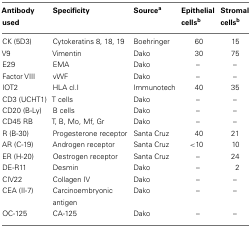
<table><thead><tr><td><b>Antibody used</b></td><td><b>Specificity</b></td><td><b>Source<sup>a</sup></b></td><td><b>Epithelial cells<sup>b</sup></b></td><td><b>Stromal cells<sup>b</sup></b></td></tr></thead><tbody><tr><td>CK (5D3)</td><td>Cytokeratins 8, 18, 19</td><td>Boehringer</td><td>60</td><td>15</td></tr><tr><td>V9</td><td>Vimentin</td><td>Dako</td><td>30</td><td>75</td></tr><tr><td>E29</td><td>EMA</td><td>Dako</td><td>–</td><td>–</td></tr><tr><td>Factor VIII</td><td>vWF</td><td>Dako</td><td>–</td><td>–</td></tr><tr><td>IOT2</td><td>HLA cl.I</td><td>Immunotech</td><td>40</td><td>35</td></tr><tr><td>CD3 (UCHT1)</td><td>T cells</td><td>Dako</td><td>–</td><td>–</td></tr><tr><td>CD20 (B-Ly)</td><td>B cells</td><td>Dako</td><td>–</td><td>–</td></tr><tr><td>CD45 RB</td><td>T, B, Mo, Mf, Gr</td><td>Dako</td><td>–</td><td>–</td></tr><tr><td>R (B-30)</td><td>Progesterone receptor</td><td>Santa Cruz</td><td>40</td><td>21</td></tr><tr><td>AR (C-19)</td><td>Androgen receptor</td><td>Santa Cruz</td><td>&lt;10</td><td>10</td></tr><tr><td>ER (H-20)</td><td>Oestrogen receptor</td><td>Santa Cruz</td><td>–</td><td>24</td></tr><tr><td>DE-R11</td><td>Desmin</td><td>Dako</td><td>–</td><td>2</td></tr><tr><td>CIV22</td><td>Collagen IV</td><td>Dako</td><td>–</td><td>–</td></tr><tr><td>CEA (II-7)</td><td>Carcinoembryonic antigen</td><td>Dako</td><td>–</td><td>–</td></tr><tr><td>OC-125</td><td>CA-125</td><td>Dako</td><td>–</td><td>–</td></tr></tbody></table>